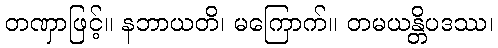
တဏှာဖြင့်။ နဘာယတိ၊ မကြောက်။ တမယန္တိပဒဿ၊